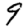
Digit: 9